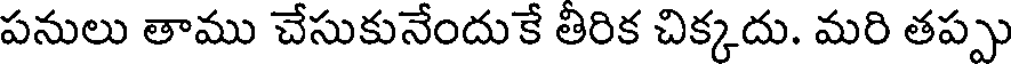
పనులు తాము చేసుకునేందుకే తిరిక చిక్కదు. మరి తప్పు